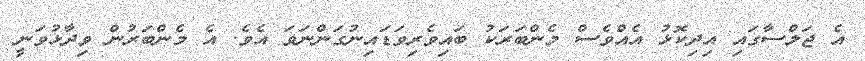
އެ ޖަލްސާގައި އިދިކޮޅު އެއްވެސް މެންބަރަކު ބައިވެރިވަޑައިނުގަންނަވަ އެވެ. އެ މެންބަރުން ވިދާޅުވަނީ